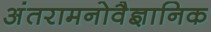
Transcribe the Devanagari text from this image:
अंतरामनोवैज्ञानिक